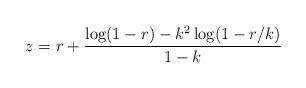
LaTeX: \begin{align*}z = r + \frac{\log(1-r) - k^2\log(1-r/k)}{1-k}\end{align*}